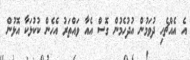
އެ އެއްޗެހި ދުވަމުން އުދުހެމުން ގޮސް އެއާ ވައްތަރު އެހެން ކުކުޅަކާ އޮޅުން